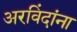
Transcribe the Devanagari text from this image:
अरविंदांना